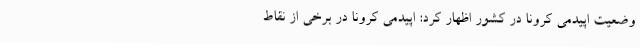
وضعیت اپیدمی کرونا در کشور اظهار کرد: اپیدمی کرونا در برخی از نقاط